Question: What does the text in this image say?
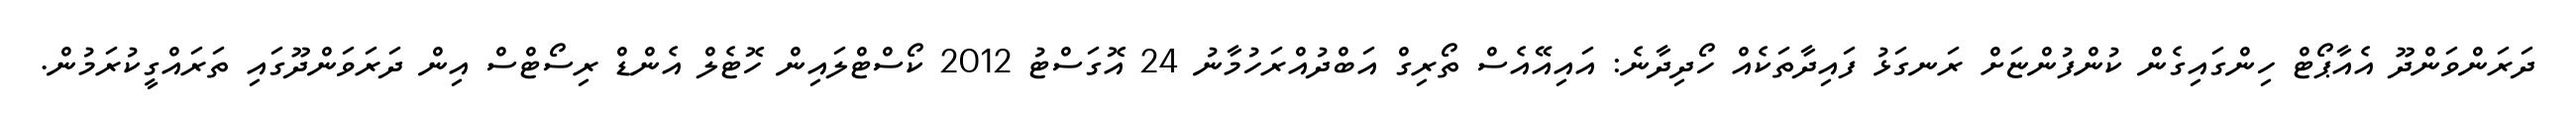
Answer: ދަރަންވަންދޫ އެއާޕޯޓް ހިންގައިގެން ކުންފުންޏަށް ރަނގަޅު ފައިދާތަކެއް ހޯދިދާނެ: އައިއޭއެސް ތޯރިގް އަބްދުއްރަހުމާނު 24 އޮގަސްޓު 2012 ކޯސްޓްލައިން ހޮޓެލް އެންޑް ރިސޯޓްސް އިން ދަރަވަންދޫގައި ތަރައްގީކުރަމުން.